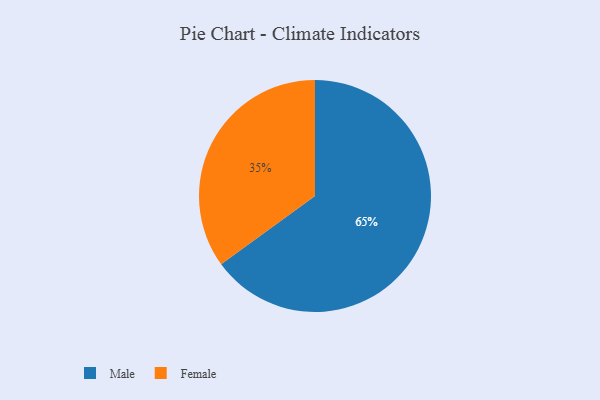
{"axis": {"x": "Category", "y": "Percentage"}, "legend": ["Female", "Male"], "data": [{"x": "Male", "y": 65, "type": "Male"}, {"x": "Female", "y": 35, "type": "Female"}]}